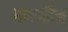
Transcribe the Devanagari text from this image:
गणपतिम्‌